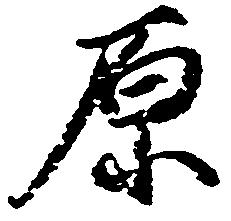
原